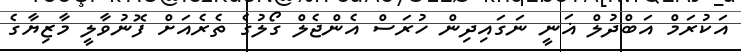
އަކުރަމް އަބްދުލް ޣަނީ ނަގައިދިން ހުރަސް އެންޖެލް ގޯލުގެ ތެރެއަށް ފޮނުވާލީ މާޒިޔާގެ